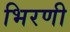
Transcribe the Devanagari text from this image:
भिरणी